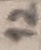
Text: 12